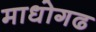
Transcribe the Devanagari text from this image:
माधोगढ